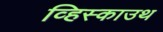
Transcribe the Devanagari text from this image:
व्हिस्काउथ